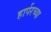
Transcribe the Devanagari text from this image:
हार्परच्या